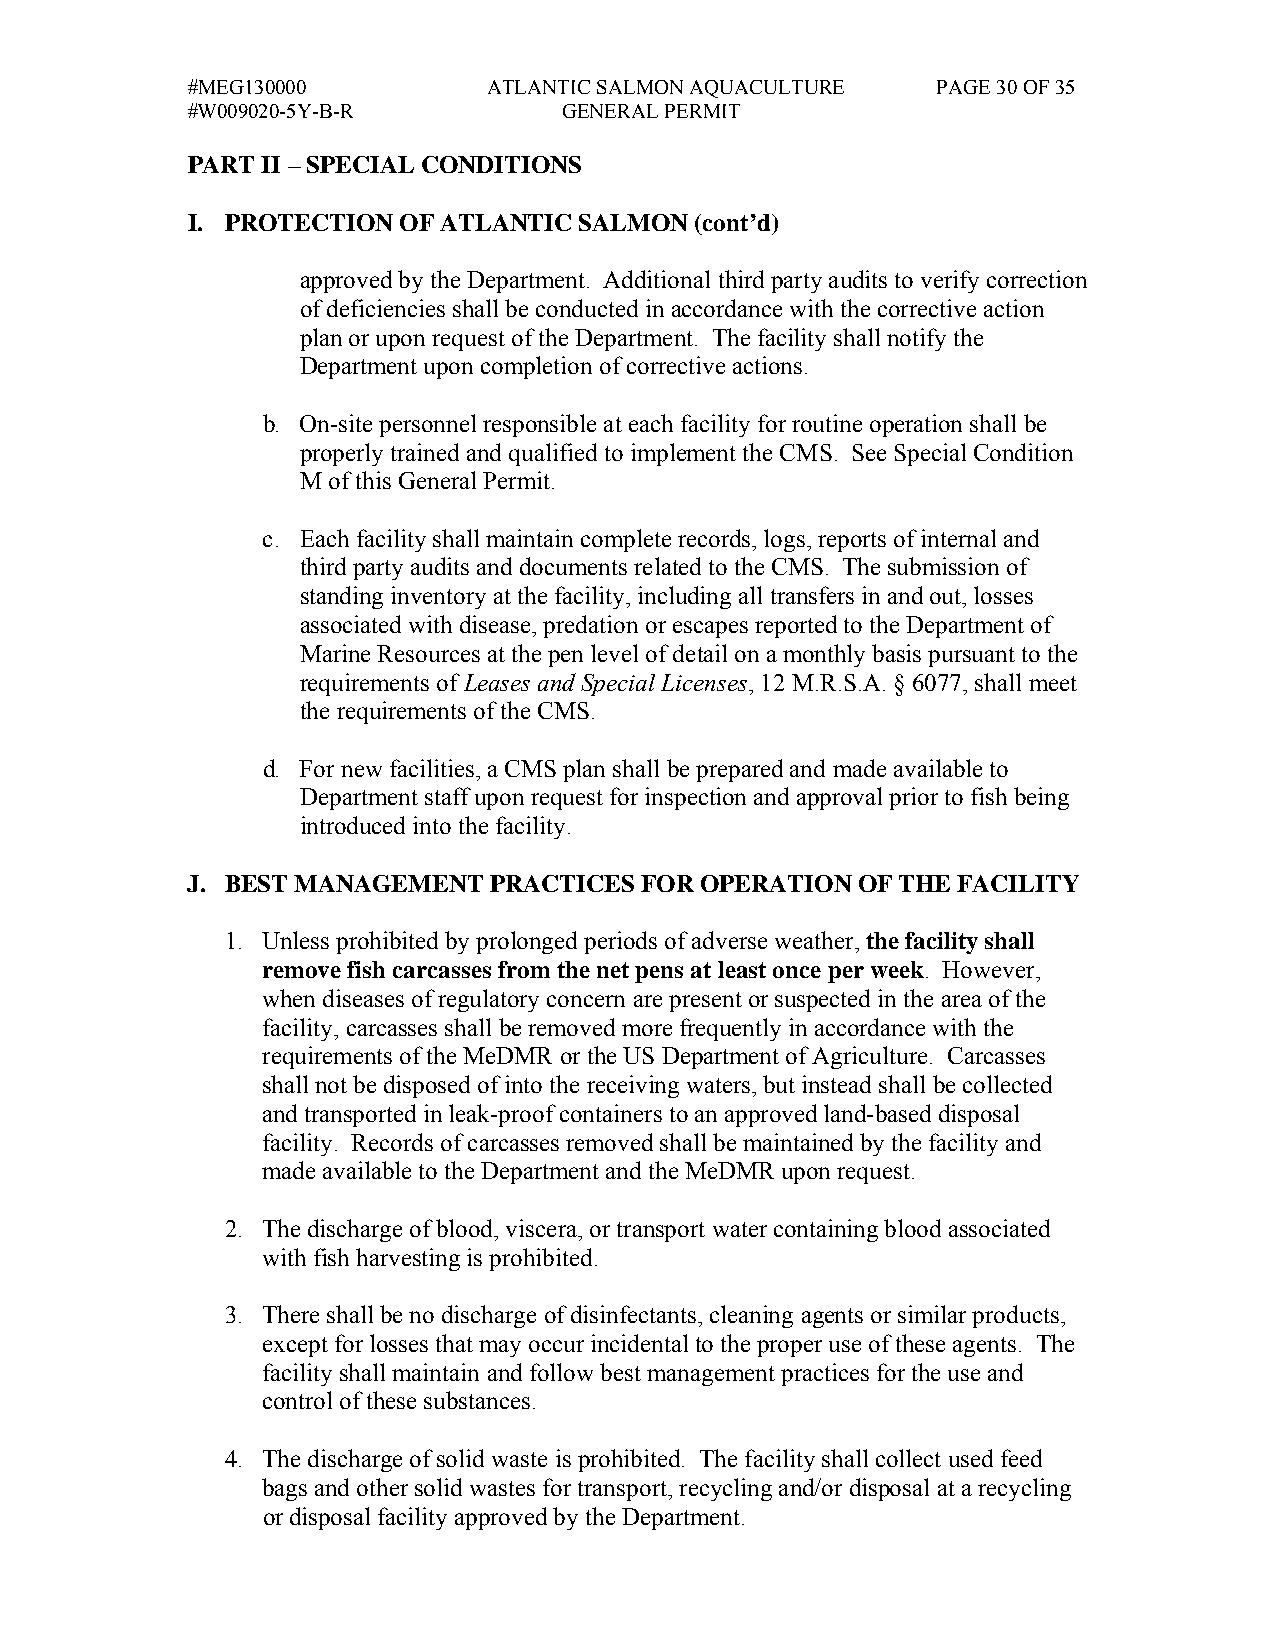
#MEG130000          ATLANTIC SALMON AQUACULTURE   PAGE 30 OF 35
 #W009020-5Y-B-R          GENERAL PERMIT
 PART II – SPECIAL CONDITIONS
 I. PROTECTION OF ATLANTIC SALMON  (cont’d)
 approved by the Department. Additional third party audits to verify correction
 of deficiencies shall be conducted in accordance with the corrective action
 plan or upon request of the Department. The facility shall notify the
 Department upon completion of corrective actions.
 b. On-site personnel responsible at each facility for routine operation shall be
 properly trained and qualified to implement the CMS. See Special Condition
 M of this General Permit.
 c. Each facility shall maintain complete records, logs, reports of internal and
 third party audits and documents related to the CMS. The submission of
 standing inventory at the facility, including all transfers in and out, losses
 associated with disease, predation or escapes reported to the Department of
 Marine Resources at the pen level of detail on a monthly basis pursuant to the
 requirements of Leases and Special Licenses, 12 M.R.S.A. § 6077, shall meet
 the requirements of the CMS.
 d. For new facilities, a CMS plan shall be prepared and made available to
 Department staff upon request for inspection and approval prior to fish being
 introduced into the facility.
 J. BEST MANAGEMENT  PRACTICES FOR OPERATION  OF THE FACILITY
 1. Unless prohibited by prolonged periods of adverse weather, the facility shall
 remove fish carcasses from the net pens at least once per week. However,
 when diseases of regulatory concern are present or suspected in the area of the
 facility, carcasses shall be removed more frequently in accordance with the
 requirements of the MeDMR or the US Department of Agriculture. Carcasses
 shall not be disposed of into the receiving waters, but instead shall be collected
 and transported in leak-proof containers to an approved land-based disposal
 facility. Records of carcasses removed shall be maintained by the facility and
 made available to the Department and the MeDMR upon request.
 2. The discharge of blood, viscera, or transport water containing blood associated
 with fish harvesting is prohibited.
 3. There shall be no discharge of disinfectants, cleaning agents or similar products,
 except for losses that may occur incidental to the proper use of these agents. The
 facility shall maintain and follow best management practices for the use and
 control of these substances.
 4. The discharge of solid waste is prohibited. The facility shall collect used feed
 bags and other solid wastes for transport, recycling and/or disposal at a recycling
 or disposal facility approved by the Department.